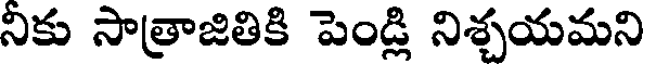
నికు సాత్రాజితికి పెండ్లి నిశ్చయమని